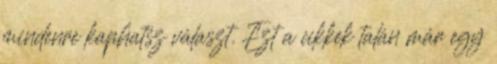
mindenre kaphatsz választ. Ezt a cikkek talán már egy